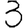
Digit: 3